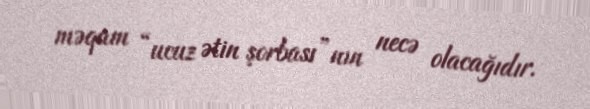
məqam “ucuz ətin şorbası”nın necə olacağıdır.